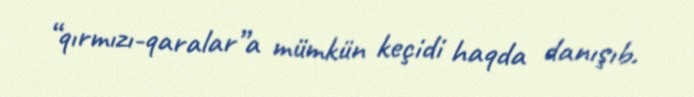
“qırmızı-qaralar”a mümkün keçidi haqda danışıb.